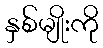
နှစ်မျိုးကို